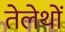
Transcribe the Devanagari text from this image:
तेलेथों